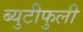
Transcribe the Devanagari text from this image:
ब्युटीफुली